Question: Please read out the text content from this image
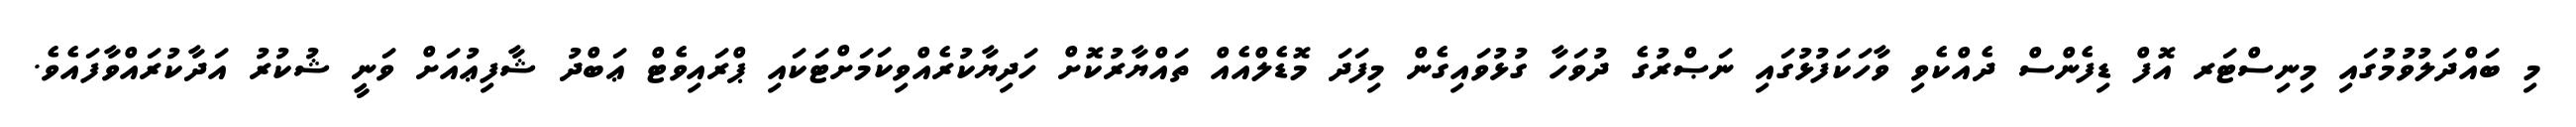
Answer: މި ބައްދަލުވުމުގައި މިނިސްޓަރ އޮފް ޑިފެންސް ދެއްކެވި ވާހަކަފުޅުގައި ނަޞްރުގެ ދުވަހާ ގުޅުވައިގެން މިފަދަ މޮޑެލްއެއް ތައްޔާރުކޮށް ހަދިޔާކުރެއްވިކަމަށްޓަކައި ޕްރައިވެޓް ޢަބްދު ޝާފިޢުއަށް ވަނީ ޝުކުރު އަދާކުރައްވާފައެވެ.